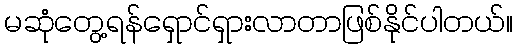
မဆုံတွေ့ရန်ရှောင်ရှားလာတာဖြစ်နိုင်ပါတယ်။